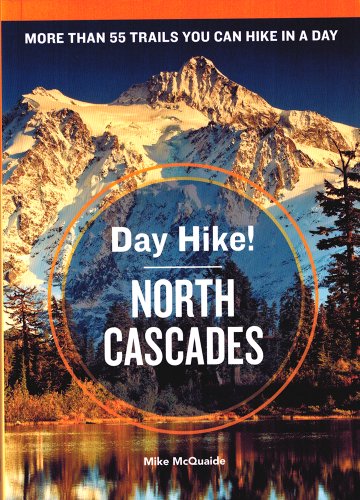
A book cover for Day Hike! North Cascades, 3rd Edition: The Best Trails You Can Hike in a Day; Mike McQuaide; Travel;